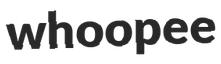
whoopee